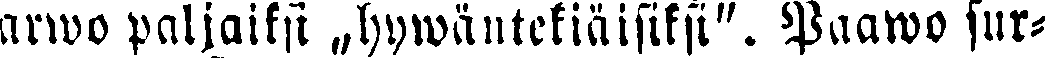
arwo paljaiksi „hywäntekiäisiksi". Paawo sur-